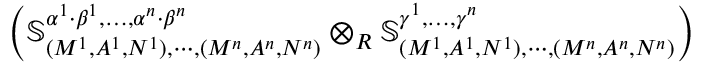
\left( \mathbb { S } _ { ( M ^ { 1 } , A ^ { 1 } , N ^ { 1 } ) , \cdots , ( M ^ { n } , A ^ { n } , N ^ { n } ) } ^ { \alpha ^ { 1 } \cdot \beta ^ { 1 } , \dots , \alpha ^ { n } \cdot \beta ^ { n } } \otimes _ { R } \mathbb { S } _ { ( M ^ { 1 } , A ^ { 1 } , N ^ { 1 } ) , \cdots , ( M ^ { n } , A ^ { n } , N ^ { n } ) } ^ { \gamma ^ { 1 } , \dots , \gamma ^ { n } } \right)